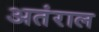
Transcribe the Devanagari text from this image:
अतंराल